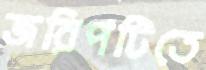
জরিপটিতে